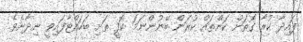
ފައިދާ ކުރާ ގޮތަށް ކަންތައް ކުރަން ބޭނުންނަމަ ކޮފީ ތަށި ބަހައްޓާފައިވީ ނިދާށެވެ.